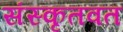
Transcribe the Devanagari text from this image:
संस्कृतवत